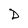
Character: D